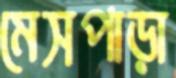
মেসপাড়া